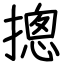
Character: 摠